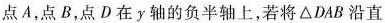
点A，点B，点D在y轴的负半轴上，若将△DAB沿直